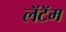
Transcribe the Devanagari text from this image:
लॅटॅम